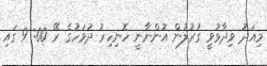
މިއަދު ވިދާޅުވީ ގުރުލުން އޮންނާނީ ހޮނިހިރު ދުވަހުގެ ރޭ 00: 9 ގައި